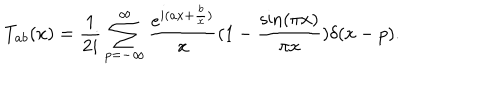
T _ { a b } ( x ) = { \frac { 1 } { 2 i } } \sum _ { p = - \infty } ^ { \infty } { \frac { e ^ { i ( a x + { \frac { b } { x } } ) } } { x } } ( 1 - { \frac { \sin ( \pi x ) } { \pi x } } ) \delta ( x - p ) .